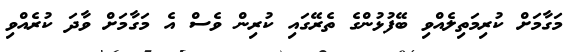
މަގާމަށް ކުރިމަތިލެއްވި ބޭފުޅުންގެ ތެރޭގައި ކުރިން ވެސް އެ މަގާމަށް ވާދަ ކުރެއްވި